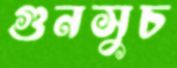
গুনসুচ